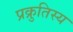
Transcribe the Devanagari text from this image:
प्रक्रुतिस्य